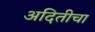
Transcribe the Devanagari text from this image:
अदितीचा